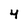
Character: 4